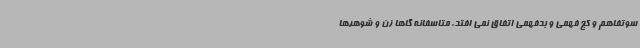
سوتفاهم و کج فهمی و بدفهمی اتفاق نمی افتد. متاسفانه گاها زن و شوهرها